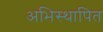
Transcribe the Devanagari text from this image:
अभिस्थापित